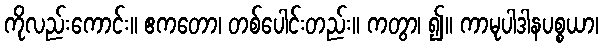
ကိုလည်းကောင်း။ ဧကတော၊ တစ်ပေါင်းတည်း။ ကတွာ၊ ၍။ ကာမုပါဒါနပစ္စယာ၊